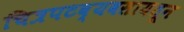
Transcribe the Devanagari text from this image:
चित्रपटव्यवसायतून